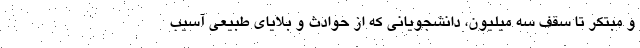
و مبتکر تا سقف سه میلیون، دانشجویانی که از حوادث و بلایای طبیعی آسیب